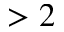
> 2